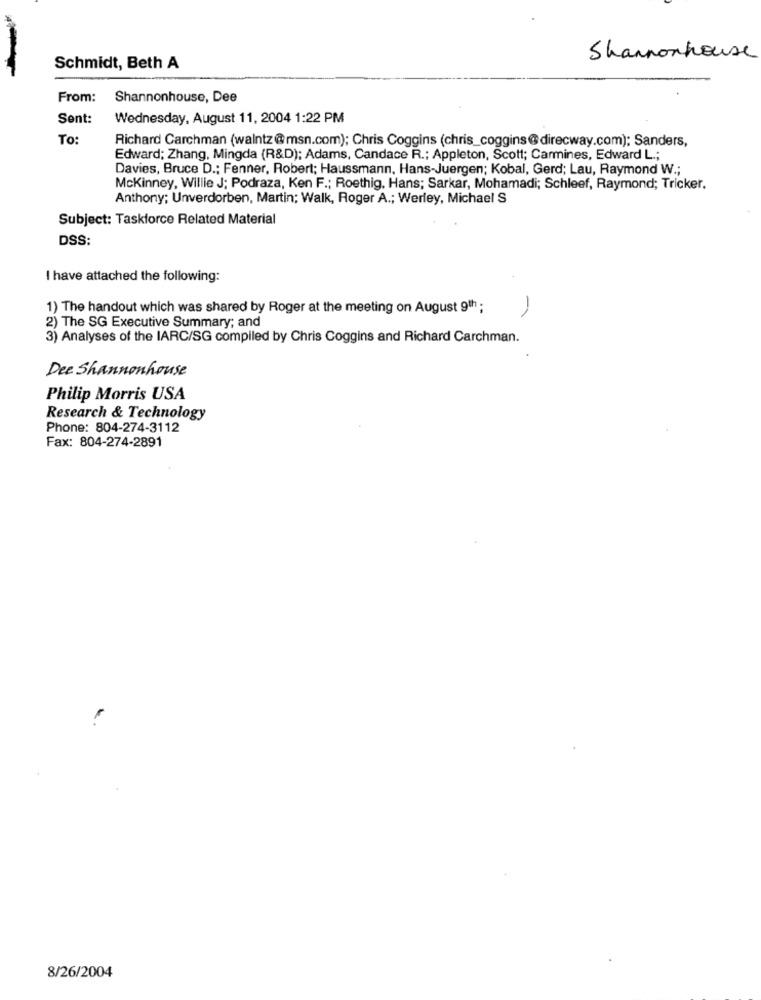
Shannonhouse
Schmidt, Beth A
From:
Shannonhouse, Dee
Sent:
Wednesday, August 11, 2004 1:22 PM
To:
Richard Carchman (walntz@msn.com); Chris Coggins (chris_coggins@direcway.com); Sanders,
Edward; Zhang, Mingda (R&D); Adams, Candace R .; Appleton, Scott; Carmines, Edward L .;
Davies, Bruce D .; Fenner, Robert; Haussmann, Hans-Juergen; Kobal, Gerd; Lau, Raymond W .;
Mckinney, Willie J; Podraza, Ken F .; Roethig, Hans; Sarkar, Mohamadi; Schleef, Raymond; Tricker.
Anthony; Unverdorben, Martin; Walk, Roger A .; Werley, Michael S
Subject: Taskforce Related Material
DSS:
I have attached the following:
1) The handout which was shared by Roger at the meeting on August 9th ;
2) The SG Executive Summary; and
3) Analyses of the IARC/SG compiled by Chris Coggins and Richard Carchman.
Dee Shannonhouse
Philip Morris USA
Research & Technology
Phone: 804-274-3112
Fax: 804-274-2891
8/26/2004